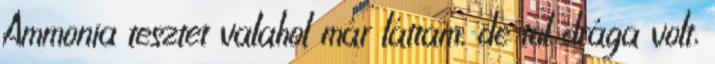
Ammonia tesztet valahol már láttam, de tul drága volt,